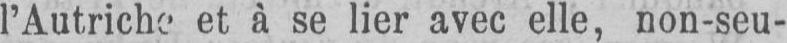
l’Autriche et à se lier avec elle, non-seu-